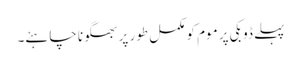
پہلے ڈوبکی پر موم کو مکمل طور پر بھگونا چاہئے۔